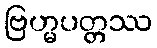
ဗြဟ္မပတ္တဿ